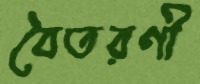
বৈতরণী